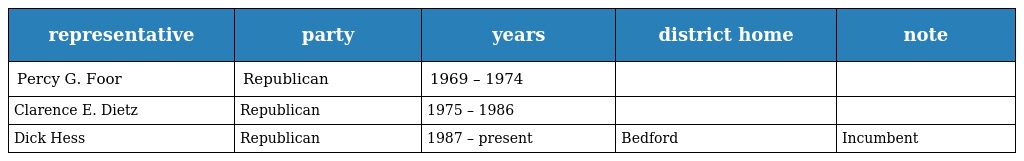
| representative | party | years | district home | note |
 | --- | --- | --- | --- | --- |
 | Percy G. Foor | Republican | 1969 – 1974 |  |  |
 | Clarence E. Dietz | Republican | 1975 – 1986 |  |  |
 | Dick Hess | Republican | 1987 – present | Bedford | Incumbent |